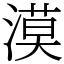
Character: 漠